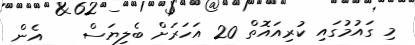
މި ގައުމުގައި ކުރިއައޮތް 20 އަހަރަށް ބެލިޔަސް    އެން